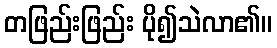
တဖြည်းဖြည်း ပို၍သဲလာ၏။